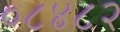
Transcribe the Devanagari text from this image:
०८४८२